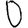
Digit: 0